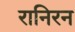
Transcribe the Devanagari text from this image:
रानिरन